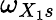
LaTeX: \omega_{X{_1s}}